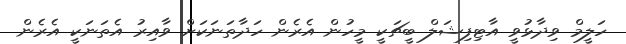
ހަލީމް ވިދާޅުވީ އާޓިފިޝަލް ބީޗަކީ މީހުން އެރެން ހަދާތަނަަކަށް ވާއިރު އެތަނަކީ އެރެން